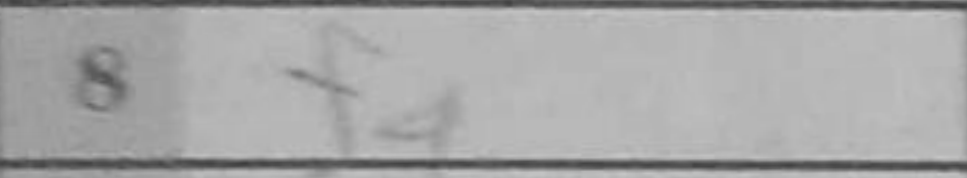
Transcription: f4